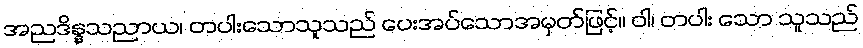
အညဒိန္နသညာယ၊ တပါးသောသူသည် ပေးအပ်သောအမှတ်ဖြင့်။ ဝါ၊ တပါး သော သူသည်